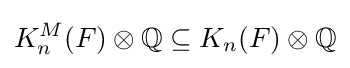
K_{n}^{M}(F)\otimes \mathbb {Q} \subseteq K_{n}(F)\otimes \mathbb {Q}